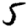
Digit: 5